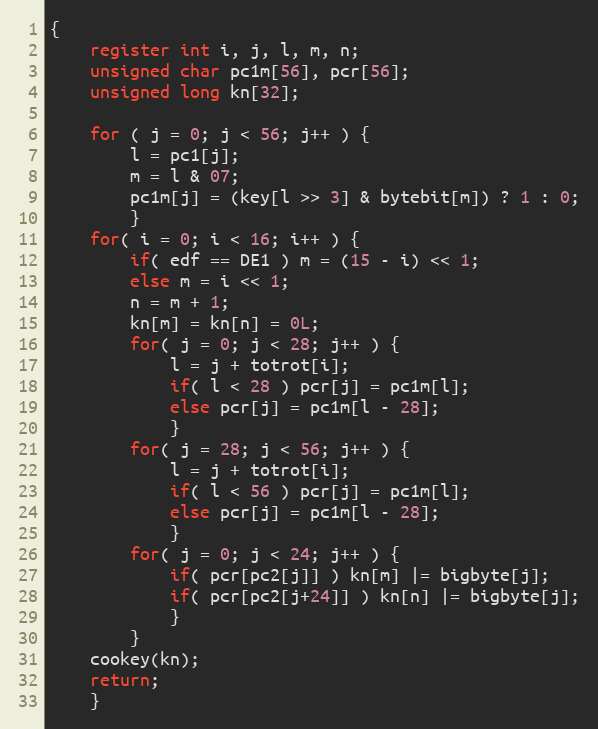
Language: C
{
	register int i, j, l, m, n;
	unsigned char pc1m[56], pcr[56];
	unsigned long kn[32];

	for ( j = 0; j < 56; j++ ) {
		l = pc1[j];
		m = l & 07;
		pc1m[j] = (key[l >> 3] & bytebit[m]) ? 1 : 0;
		}
	for( i = 0; i < 16; i++ ) {
		if( edf == DE1 ) m = (15 - i) << 1;
		else m = i << 1;
		n = m + 1;
		kn[m] = kn[n] = 0L;
		for( j = 0; j < 28; j++ ) {
			l = j + totrot[i];
			if( l < 28 ) pcr[j] = pc1m[l];
			else pcr[j] = pc1m[l - 28];
			}
		for( j = 28; j < 56; j++ ) {
		    l = j + totrot[i];
		    if( l < 56 ) pcr[j] = pc1m[l];
		    else pcr[j] = pc1m[l - 28];
		    }
		for( j = 0; j < 24; j++ ) {
			if( pcr[pc2[j]] ) kn[m] |= bigbyte[j];
			if( pcr[pc2[j+24]] ) kn[n] |= bigbyte[j];
			}
		}
	cookey(kn);
	return;
	}